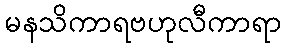
မနသိကာရဗဟုလီကာရာ